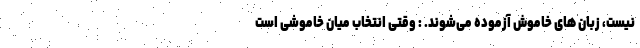
نیست، زبان های خاموش آزموده می‌شوند. : وقتی انتخاب میان خاموشی است